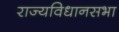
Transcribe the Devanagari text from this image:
राज्यविधानसभा